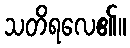
သတိရလေ၏။